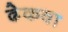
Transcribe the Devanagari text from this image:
ढेकवा